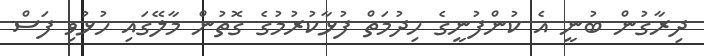
ދިރާގުން ބުނީ އެ ކުންފުނީގެ ހިދުމަތް ފުޅާކުރުމުގެ ގޮތުން މާލޭގައި ހުޅުވި ފަސް